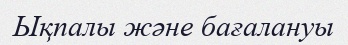
Ықпалы және бағалануы